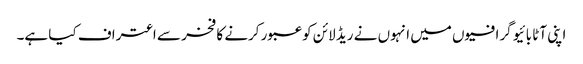
اپنی آٹا بائیو گرافیوں میں انہوں نے ریڈ لائن کو عبور کرنے کا فخر سے اعتراف کیا ہے۔